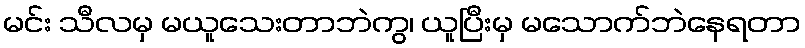
မင်း သီလမှ မယူသေးတာဘဲကွ၊ ယူပြီးမှ မသောက်ဘဲနေရတာ